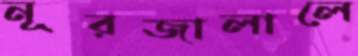
নূরজালালে